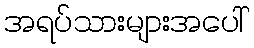
အရပ်သားများအပေါ်